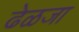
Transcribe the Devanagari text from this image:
ढेळजा